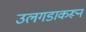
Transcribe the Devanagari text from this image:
उलगडाकरून